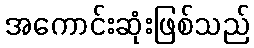
အကောင်းဆုံးဖြစ်သည်